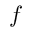
f